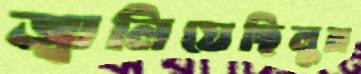
জ্বালিয়েছিলুম